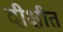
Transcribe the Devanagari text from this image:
दीक्षीत